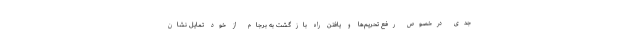
جدی درخصوص رفع تحریم‌ها و یافتن راه بازگشت به برجام از خود تمایل نشان